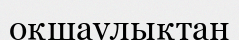
оқшаулықтан